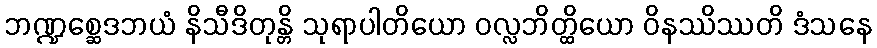
ဘဏ္ဍစ္ဆေဒဘယံ နိသီဒိတုန္တိ သုရာပါတိယော ဝလ္လဘိတ္ထိယော ဝိနဿိဿတိ ဒံသနေ